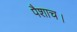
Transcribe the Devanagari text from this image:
पैशाच।